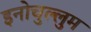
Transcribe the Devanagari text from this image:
इनोचुल्लुम